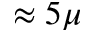
\approx 5 \mu